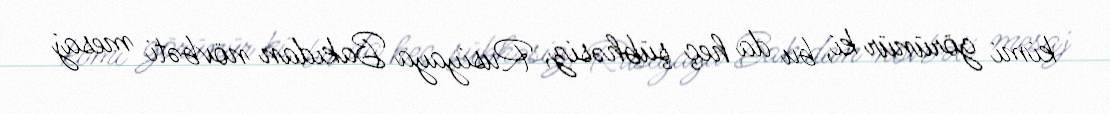
kimi görünür ki, bu da heç şübhəsiz, Rusiyaya Bakıdan növbəti mesaj